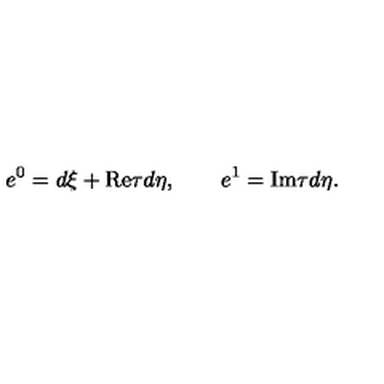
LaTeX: e ^ { 0 } = d \xi + \mathrm { R e } \tau d \eta , \quad \quad e ^ { 1 } = \mathrm { I m } \tau d \eta .